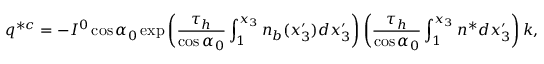
\boldsymbol { q } ^ { * c } = - I ^ { 0 } \cos { \alpha } _ { 0 } \exp { \left( \frac { \tau _ { h } } { \cos { \alpha } _ { 0 } } \int _ { 1 } ^ { x _ { 3 } } n _ { b } ( x _ { 3 } ^ { \prime } ) d x _ { 3 } ^ { \prime } \right) } \left( \frac { \tau _ { h } } { \cos { \alpha } _ { 0 } } \int _ { 1 } ^ { x _ { 3 } } n ^ { * } d x _ { 3 } ^ { \prime } \right) \boldsymbol { k } ,